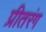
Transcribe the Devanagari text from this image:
प्रीतरंग